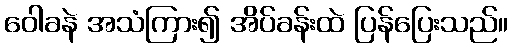
ဝေါခနဲ အသံကြား၍ အိပ်ခန်းထဲ ပြန်ပြေးသည်။